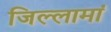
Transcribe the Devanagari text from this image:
जिल्लामां